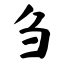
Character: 刍